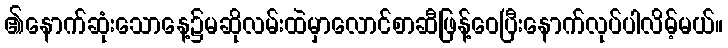
၏နောက်ဆုံးသောနေ့၌မဆိုလမ်းထဲမှာလောင်စာဆီဖြန့်ဝေပြီးနောက်လုပ်ပါလိမ့်မယ်။